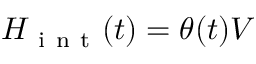
H _ { \mathrm { ~ i ~ n ~ t ~ } } ( t ) = \theta ( t ) V